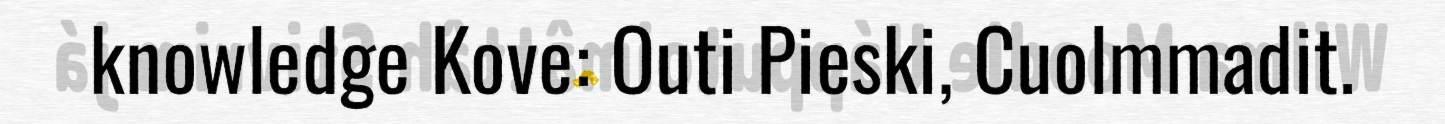
knowledge Kove: Outi Pieski, Cuolmmadit.